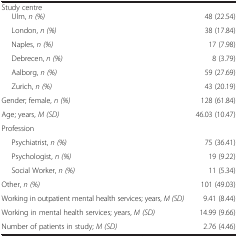
| Study centre |  |
 | --- | --- |
 | Ulm, n (%) | 48 (22.54) |
 | London, n (%) | 38 (17.84) |
 | Naples, n (%) | 17 (7.98) |
 | Debrecen, n (%) | 8 (3.79) |
 | Aalborg, n (%) | 59 (27.69) |
 | Zurich, n (%) | 43 (20.19) |
 | Gender; female, n (%) | 128 (61.84) |
 | Age; years, M (SD) | 46.03 (10.47) |
 | Profession |  |
 | Psychiatrist, n (%) | 75 (36.41) |
 | Psychologist, n (%) | 19 (9.22) |
 | Social Worker, n (%) | 11 (5.34) |
 | Other, n (%) | 101 (49.03) |
 | Working in outpatient mental health services; years, M (SD) | 9.41 (8.44) |
 | Working in mental health services; years, M (SD) | 14.99 (9.66) |
 | Number of patients in study; M (SD) | 2.76 (4.46) |